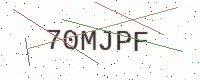
Text: 70MJPF